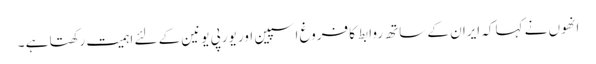
انھوں نے کہا کہ ایران کے ساتھ روابط کا فروغ اسپین اور یورپی یونین کے لئے اہمیت رکھتا ہے ۔